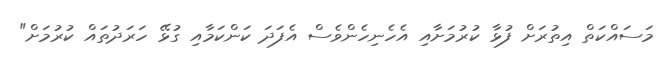
މަސައްކަތް އިތުރަށް ފުޅާ ކުރުމަށާއި އެހެނިހެންވެސް އެފަދަ ކަންކަމާއި ގުޅޭ ހަރަދުތައް ކުރުމަށް"